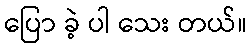
ပြော ခဲ့ ပါ သေး တယ်။